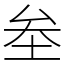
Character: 𡊄